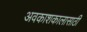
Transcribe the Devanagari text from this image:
अवकाशकालासाठी